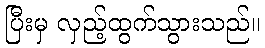
ပြီးမှ လှည့်ထွက်သွားသည်။